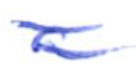
Text: a
Cross-out: double-line
Writing tool: ballpoint